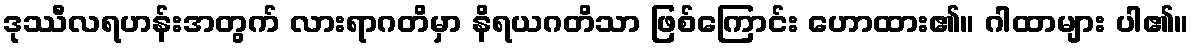
ဒုဿီလရဟန်းအတွက် လားရာဂတိမှာ နိရယဂတိသာ ဖြစ်ကြောင်း ဟောထား၏။ ဂါထာများ ပါ၏။